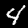
Digit: 4